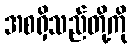
အစရှိသည်တို့ကို